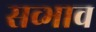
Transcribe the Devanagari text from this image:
सव्भाव